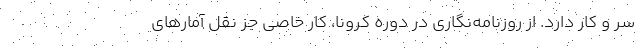
سر و کار دارد. از روزنامه‌نگاری در دوره کرونا، کار خاصی جز نقل آمارهای